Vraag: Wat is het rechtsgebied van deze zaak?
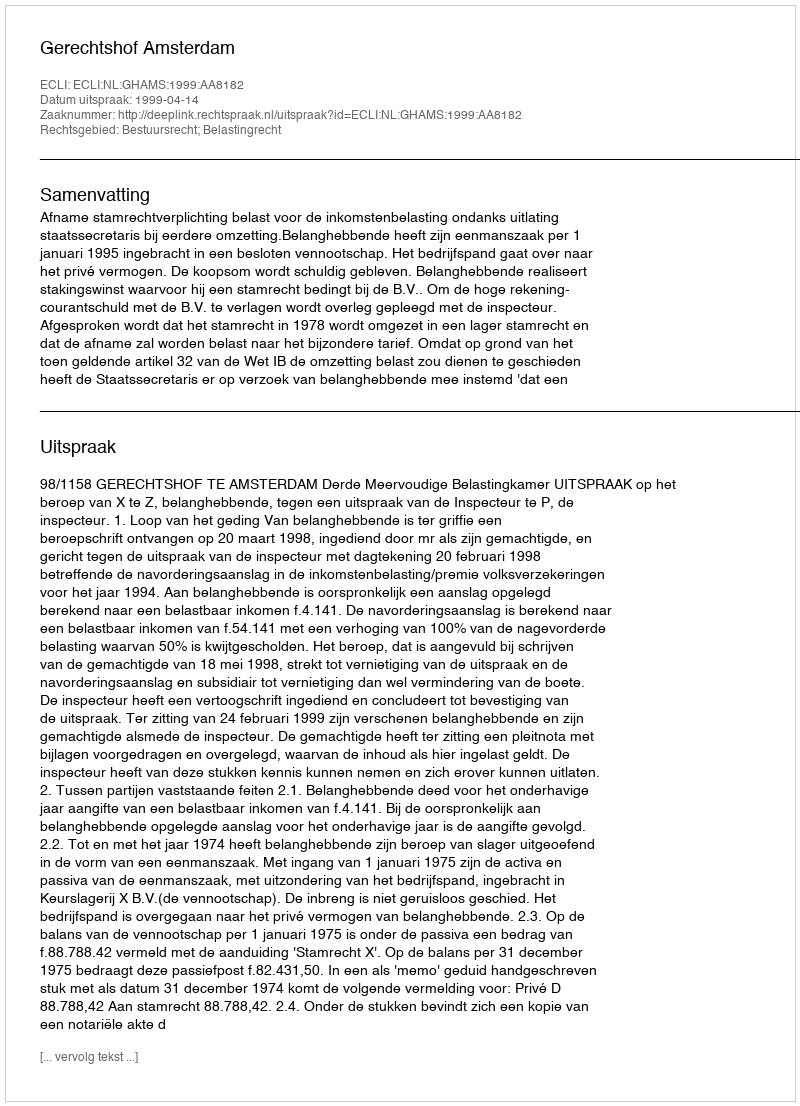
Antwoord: Bestuursrecht; Belastingrecht